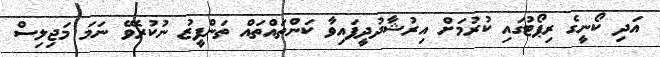
އަދި ކޯނީގެ ރިޕޯޓުގައި ކުރުމަށް އިރުޝާދުދީފައިވާ ކަންތައްތައް ތަންފީޒު ނުކުރެވޭ ނަމަ މަޖިލިސް